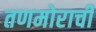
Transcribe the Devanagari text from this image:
तणमोराची